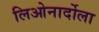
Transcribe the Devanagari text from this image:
लिओनार्दोला